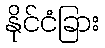
နိုင်ငံခြား